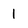
Character: 1